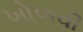
ખોળવી